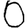
Digit: 0